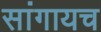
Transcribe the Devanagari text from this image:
सांगायच